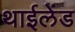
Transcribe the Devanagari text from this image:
थाईलेंड